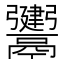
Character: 𩱤